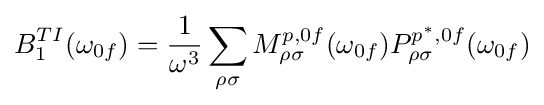
B_{1}^{TI}(\omega _{0f})={\frac {1}{\omega ^{3}}}\sum _{\rho \sigma }M_{\rho \sigma }^{p,0f}(\omega _{0f})P_{\rho \sigma }^{p^{*},0f}(\omega _{0f})